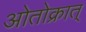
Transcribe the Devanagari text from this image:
ओतोक्रात्